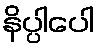
နိပ္ပါပေါ